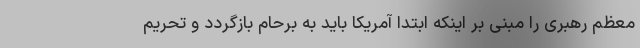
معظم رهبری را مبنی بر اینکه ابتدا آمریکا باید به برحام بازگردد و تحریم